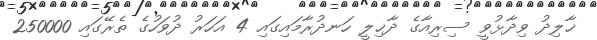
ޚާލިދު ވިދާޅުވީ ސިރިއާގެ ދާޚިލީ ހަނދުރާމައިގައި 4 އަހަރު ދުވަހުގެ ތެރޭގައި 250000